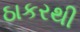
ઠાકરથી